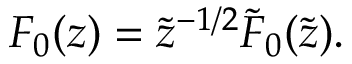
F _ { 0 } ( z ) = \tilde { z } ^ { - 1 / 2 } \tilde { F } _ { 0 } ( \tilde { z } ) .